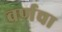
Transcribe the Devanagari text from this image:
वर्णचा